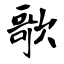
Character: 歌